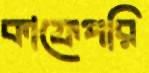
কাফেপরি